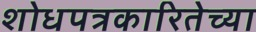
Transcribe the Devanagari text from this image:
शोधपत्रकारितेच्या